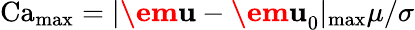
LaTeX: \operatorname{Ca}_{\operatorname*{max}}=|\textbf{\em u}-\textbf{\em u}_{0}|_{\operatorname*{max}}\mu/\sigma